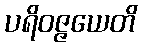
ပရိဝဇ္ဇယေတိ